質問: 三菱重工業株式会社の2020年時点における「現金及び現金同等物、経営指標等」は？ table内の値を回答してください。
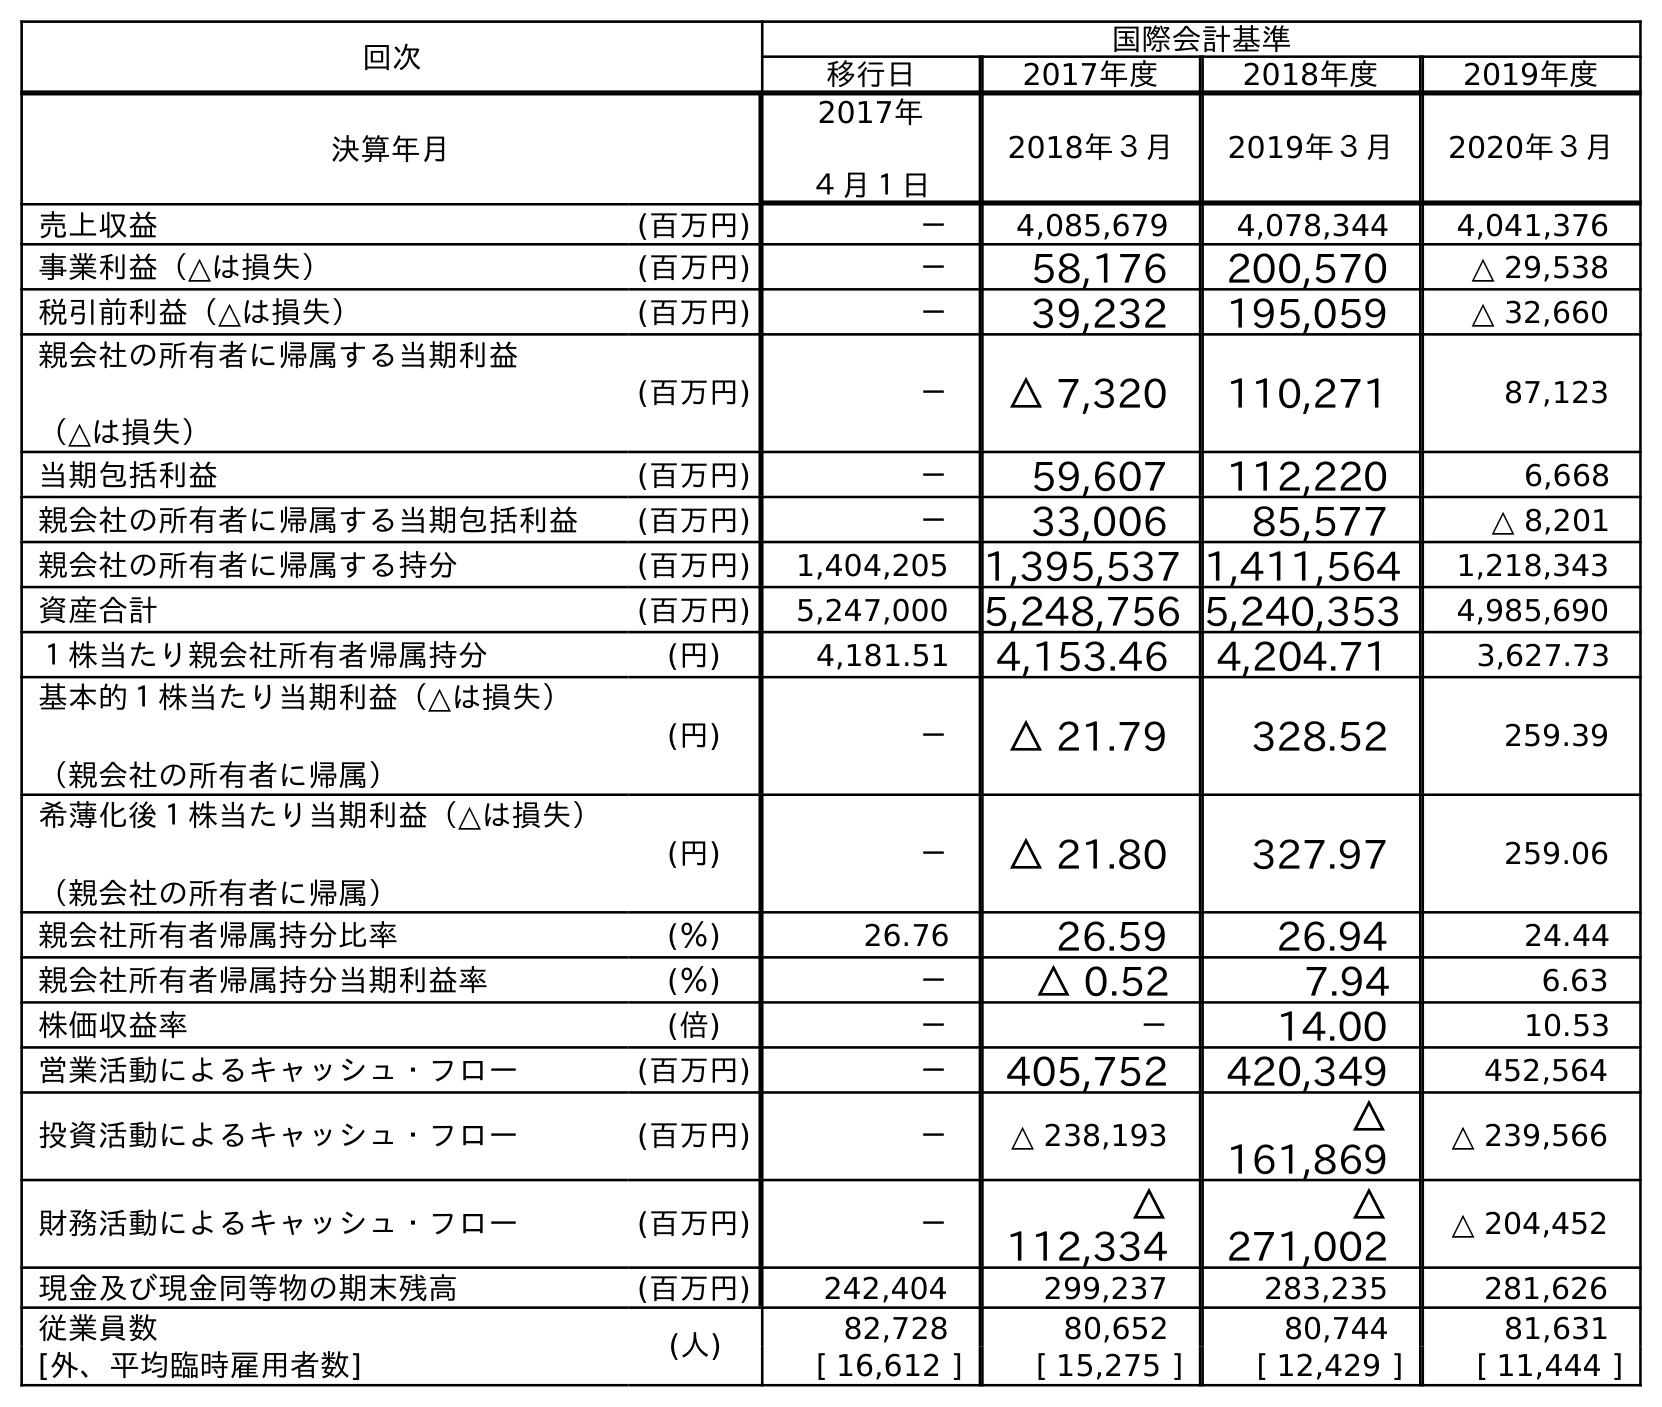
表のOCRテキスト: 回次 国際会計基準 移行日 2017年度 2018年度 2019年度 決算年月 2017年 ４月１日 2018年３月 2019年３月 2020年３月 売上収益 (百万円) － 4,085,679 4,078,344 4,041,376 事業利益（△は損失） (百万円) － 58,176 200,570 △ 29,538 税引前利益（△は損失） (百万円) － 39,232 195,059 △ 32,660 親会社の所有者に帰属する当期利益 （△は損失） (百万円) － △ 7,320 110,271 87,123 当期包括利益 (百万円) － 59,607 112,220 6,668 親会社の所有者に帰属する当期包括利益 (百万円) － 33,006 85,577 △ 8,201 親会社の所有者に帰属する持分 (百万円) 1,404,205 1,395,537 1,411,564 1,218,343 資産合計 (百万円) 5,247,000 5,248,756 5,240,353 4,985,690 １株当たり親会社所有者帰属持分 (円) 4,181.51 4,153.46 4,204.71 3,627.73 基本的１株当たり当期利益（△は損失） （親会社の所有者に帰属） (円) － △ 21.79 328.52 259.39 希薄化後１株当たり当期利益（△は損失） （親会社の所有者に帰属） (円) － △ 21.80 327.97 259.06 親会社所有者帰属持分比率 (％) 26.76 26.59 26.94 24.44 親会社所有者帰属持分当期利益率 (％) － △ 0.52 7.94 6.63 株価収益率 (倍) － － 14.00 10.53 営業活動によるキャッシュ・フロー (百万円) － 405,752 420,349 452,564 投資活動によるキャッシュ・フロー (百万円) － △ 238,193 △ 161,869 △ 239,566 財務活動によるキャッシュ・フロー (百万円) － △ 112,334 △ 271,002 △ 204,452 現金及び現金同等物の期末残高 (百万円) 242,404 299,237 283,235 281,626 従業員数 (人) 82,728 80,652 80,744 81,631 [外、平均臨時雇用者数] [ 16,612 ] [ 15,275 ] [ 12,429 ] [ 11,444 ]
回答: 281,626